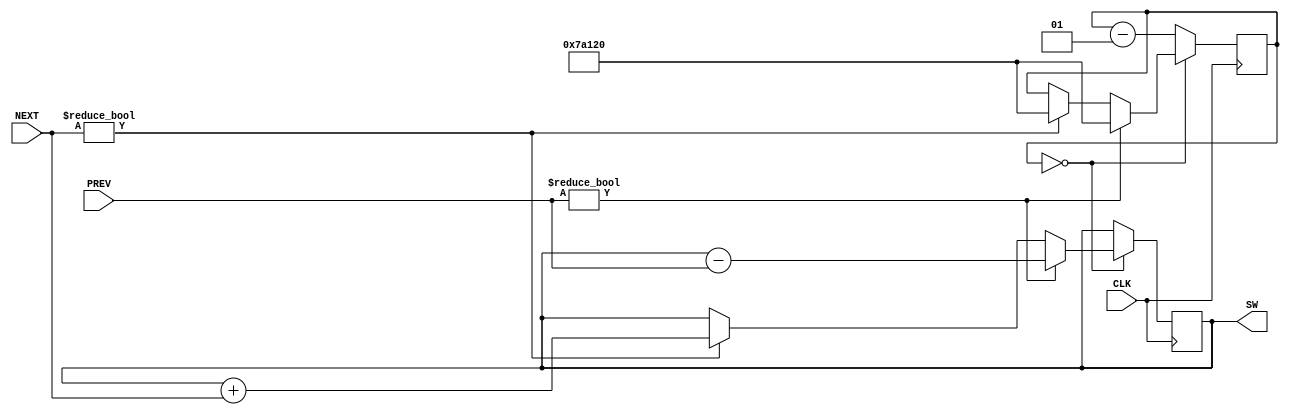
module SW_Set
(
    CLK,
    PREV,
    NEXT,
    SW
);
    input CLK;
    input [2:0]PREV;
    input [2:0]NEXT;
    output reg [2:0]SW=0;

    integer sw_delay=0;
    always @(negedge CLK) begin
        if(sw_delay==0) begin
            if(PREV) begin
                sw_delay<=500000;
                SW<=SW-PREV;
            end
            else if(NEXT) begin
                sw_delay <= 500000;
                SW<=SW+NEXT;
            end
        end
        else begin
            sw_delay<=sw_delay-1;
        end
    end
endmodule